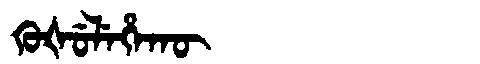
Manchu: ᡴᡠᡧᡠᠯᡝᡥᠠᡴᡡ
Romanization: KUŠULEHAKŪ